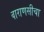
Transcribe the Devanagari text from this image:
वाराणसीचा